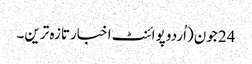
24 جون(اُردو پوائنٹ اخبارتازہ ترین۔